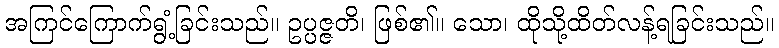
အကြင်ကြောက်ရွံ့ခြင်းသည်။ ဥပ္ပဇ္ဇတိ၊ ဖြစ်၏။ သော၊ ထိုသို့ထိတ်လန့်ရခြင်းသည်။